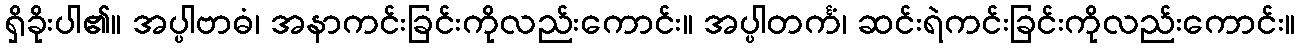
ရှိခိုးပါ၏။ အပ္ပါဗာဓံ၊ အနာကင်းခြင်းကိုလည်းကောင်း။ အပ္ပါတင်္ကံ၊ ဆင်းရဲကင်းခြင်းကိုလည်းကောင်း။